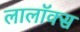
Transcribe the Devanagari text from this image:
लालॉक्स